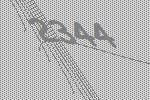
2344